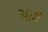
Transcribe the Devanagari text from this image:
आगैं